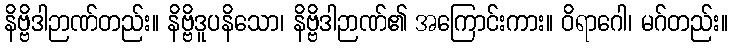
နိဗ္ဗိဒါဉာဏ်တည်း။ နိဗ္ဗိဒူပနိသော၊ နိဗ္ဗိဒါဉာဏ်၏ အကြောင်းကား။ ဝိရာဂေါ၊ မဂ်တည်း။